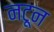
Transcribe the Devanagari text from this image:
नटून